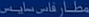
مطاعم فائق نظيم